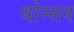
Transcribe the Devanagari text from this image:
थोम्सन